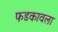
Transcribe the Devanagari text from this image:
फडकावला